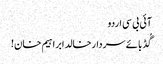
آئی بی سی اردو
گُڈ بائے سردارخالد ابراہیم خان!